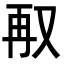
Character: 𭁥